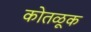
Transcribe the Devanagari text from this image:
कोतळूक